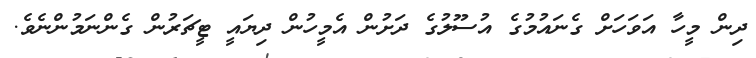
ދިން މީހާ އަވަހަށް ގެނައުމުގެ އުސޫލުގެ ދަށުން އެމީހުން ދިޔައީ ޓީޗަރުން ގެންނަމުންނެވެ.